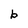
Character: b